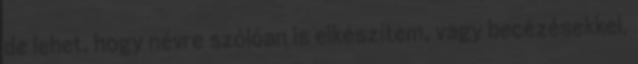
de lehet, hogy névre szólóan is elkészítem, vagy becézésekkel,